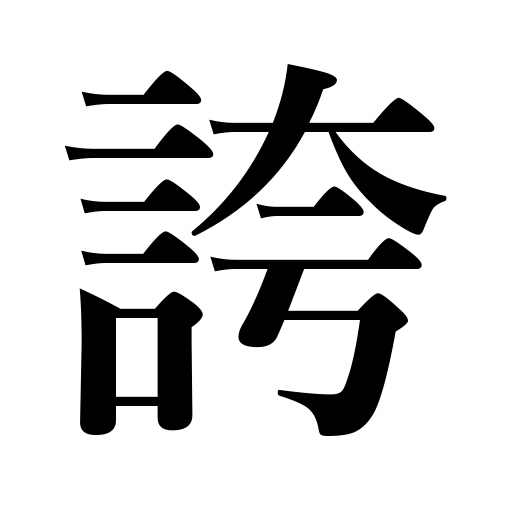
Meanings: be proud of,boast of